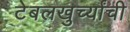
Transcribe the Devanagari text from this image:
टेबलखुर्च्यांची